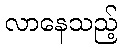
လာနေသည့်